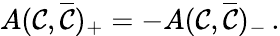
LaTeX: A(\mathcal{C},\overline{{{{\mathcal{C}}}}})_{+}=-A(\mathcal{C},\overline{{{{\mathcal{C}}}}})_{-}\, .